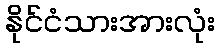
နိုင်ငံသားအားလုံး